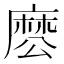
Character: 𮮊